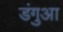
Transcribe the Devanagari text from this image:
डंगुआ